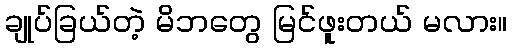
ချုပ်ခြယ်တဲ့ မိဘတွေ မြင်ဖူးတယ် မလား။